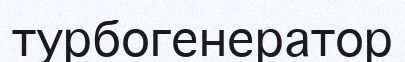
турбогенератор